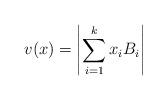
LaTeX: \begin{align*}v(x)=\left|\sum_{i=1}^k x_i B_i \right|\end{align*}